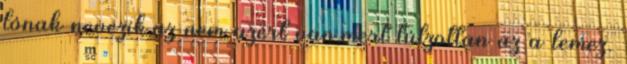
lónak nevezik,az nem azért van,mert túlzottan az a lemez.